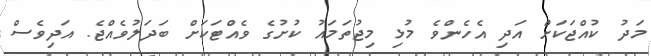
މަދު ކުއްޖަކަށް އަދި އެހެންވެ މުޅި މިޖުތަމައު ކުށުގެ ވެއްޓަކަށް ބަދަލުވެއްޖެ. އަދިވެސް